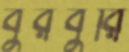
বুরবুরি